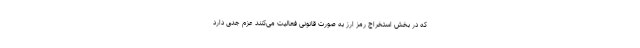
که در بخش استخراج رمز ارز به صورت قانونی فعالیت می‌کنند عزم جدی دارد